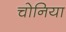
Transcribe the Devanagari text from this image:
चोनिया